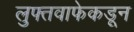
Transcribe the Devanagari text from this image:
लुफ्तवाफेकडून